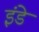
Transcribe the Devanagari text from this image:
इंडे